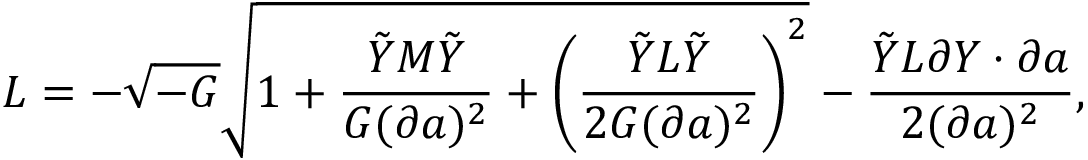
{ \cal L } = - \sqrt { - G } \sqrt { 1 + { \frac { \tilde { Y } M \tilde { Y } } { G ( \partial a ) ^ { 2 } } } + \left( { \frac { \tilde { Y } L \tilde { Y } } { 2 G ( \partial a ) ^ { 2 } } } \right) ^ { 2 } } - { \frac { \tilde { Y } L \partial Y \cdot \partial a } { 2 ( \partial a ) ^ { 2 } } } ,